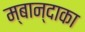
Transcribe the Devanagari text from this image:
म्बान्दाका